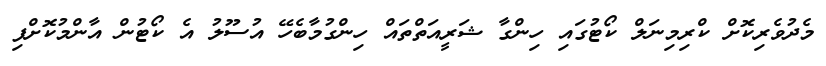
މެދުވެރިކޮށް ކްރިމިނަލް ކޯޓުގައި ހިންގާ ޝަރީއަތްތައް ހިންގުމާބެހޭ އުސޫލު އެ ކޯޓުން އާންމުކޮށްފި